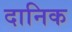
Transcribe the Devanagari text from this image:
दानिक